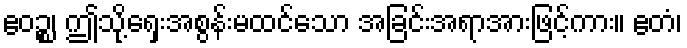
ဧဝဉ္စ၊ ဤသို့ရှေးအစွန်းမထင်သော အခြင်းအရာအားဖြင့်ကား။ ဧတံ၊